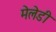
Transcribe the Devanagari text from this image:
मेलेडी